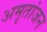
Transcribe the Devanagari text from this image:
अमृतांजन